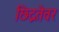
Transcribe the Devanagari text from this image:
छिद्रतेवर